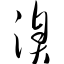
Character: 溴